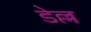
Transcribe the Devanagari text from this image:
डेल्ल